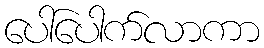
ပေါ်ပေါက်လာကာ